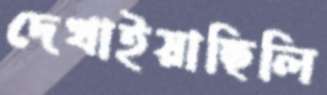
দেখাইয়াছিলি